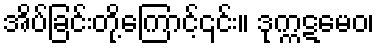
အိပ်ခြင်းတို့ကြောင့်၎င်း။ ဒုက္ကဋမေဝ၊